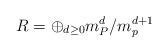
LaTeX: \begin{align*}R= \oplus_{d\geq 0} m_P^d/m_p^{d+1}\end{align*}